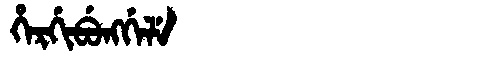
Manchu: ᡥᡝᡵᡤᡳᠪᡠᠩᡤᡝᠯᡝ
Romanization: HERGIBUNGGELE